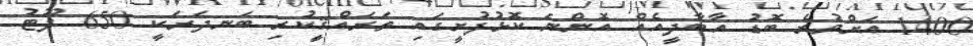
1400 އަށްވުރެ ބޮޑު އާބާދީއެއް އޮންނަ ކޮޅުފުށީގައި ތަރައްޤީިކުރި ބަނދަރަކީ 650 ފޫޓު